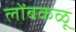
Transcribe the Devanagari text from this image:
लोंबकळू